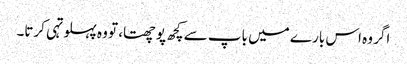
اگر وہ اس بارے میں باپ سے کچھ پوچھتا، تو وہ پہلو تہی کرتا۔